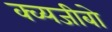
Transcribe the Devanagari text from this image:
क्व्यजीबो